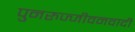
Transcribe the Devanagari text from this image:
पुनरुज्जीवनवादी